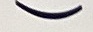
(